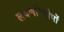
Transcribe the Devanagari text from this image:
लवणनिक्षेपों